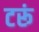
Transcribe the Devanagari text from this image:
टरूं